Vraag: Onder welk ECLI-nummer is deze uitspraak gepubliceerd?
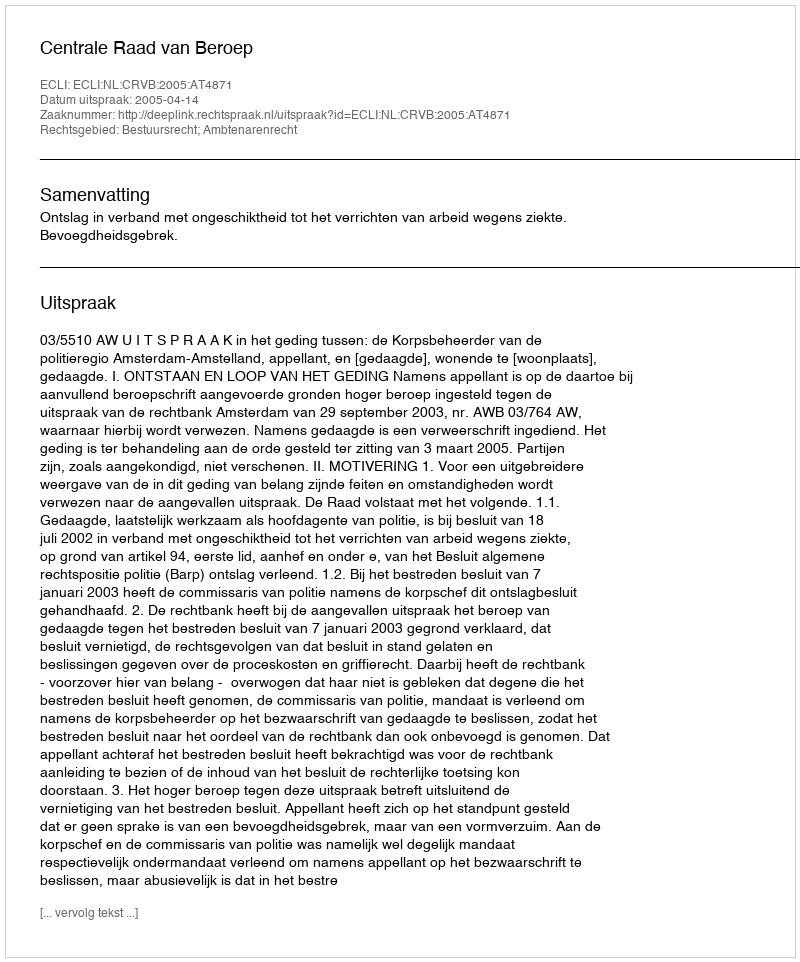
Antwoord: ECLI:NL:CRVB:2005:AT4871